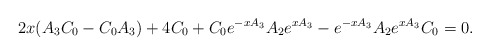
\begin{align*}2x(A_{3}C_{0}-C_{0}A_{3})+4C_{0}+C_{0}e^{-xA_{3}}A_{2}e^{xA_{3}}-e^{-xA_{3}}A_{2}e^{xA_{3}}C_{0}=0.\end{align*}